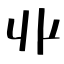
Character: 丱